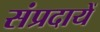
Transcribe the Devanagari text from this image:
संप्रदायें